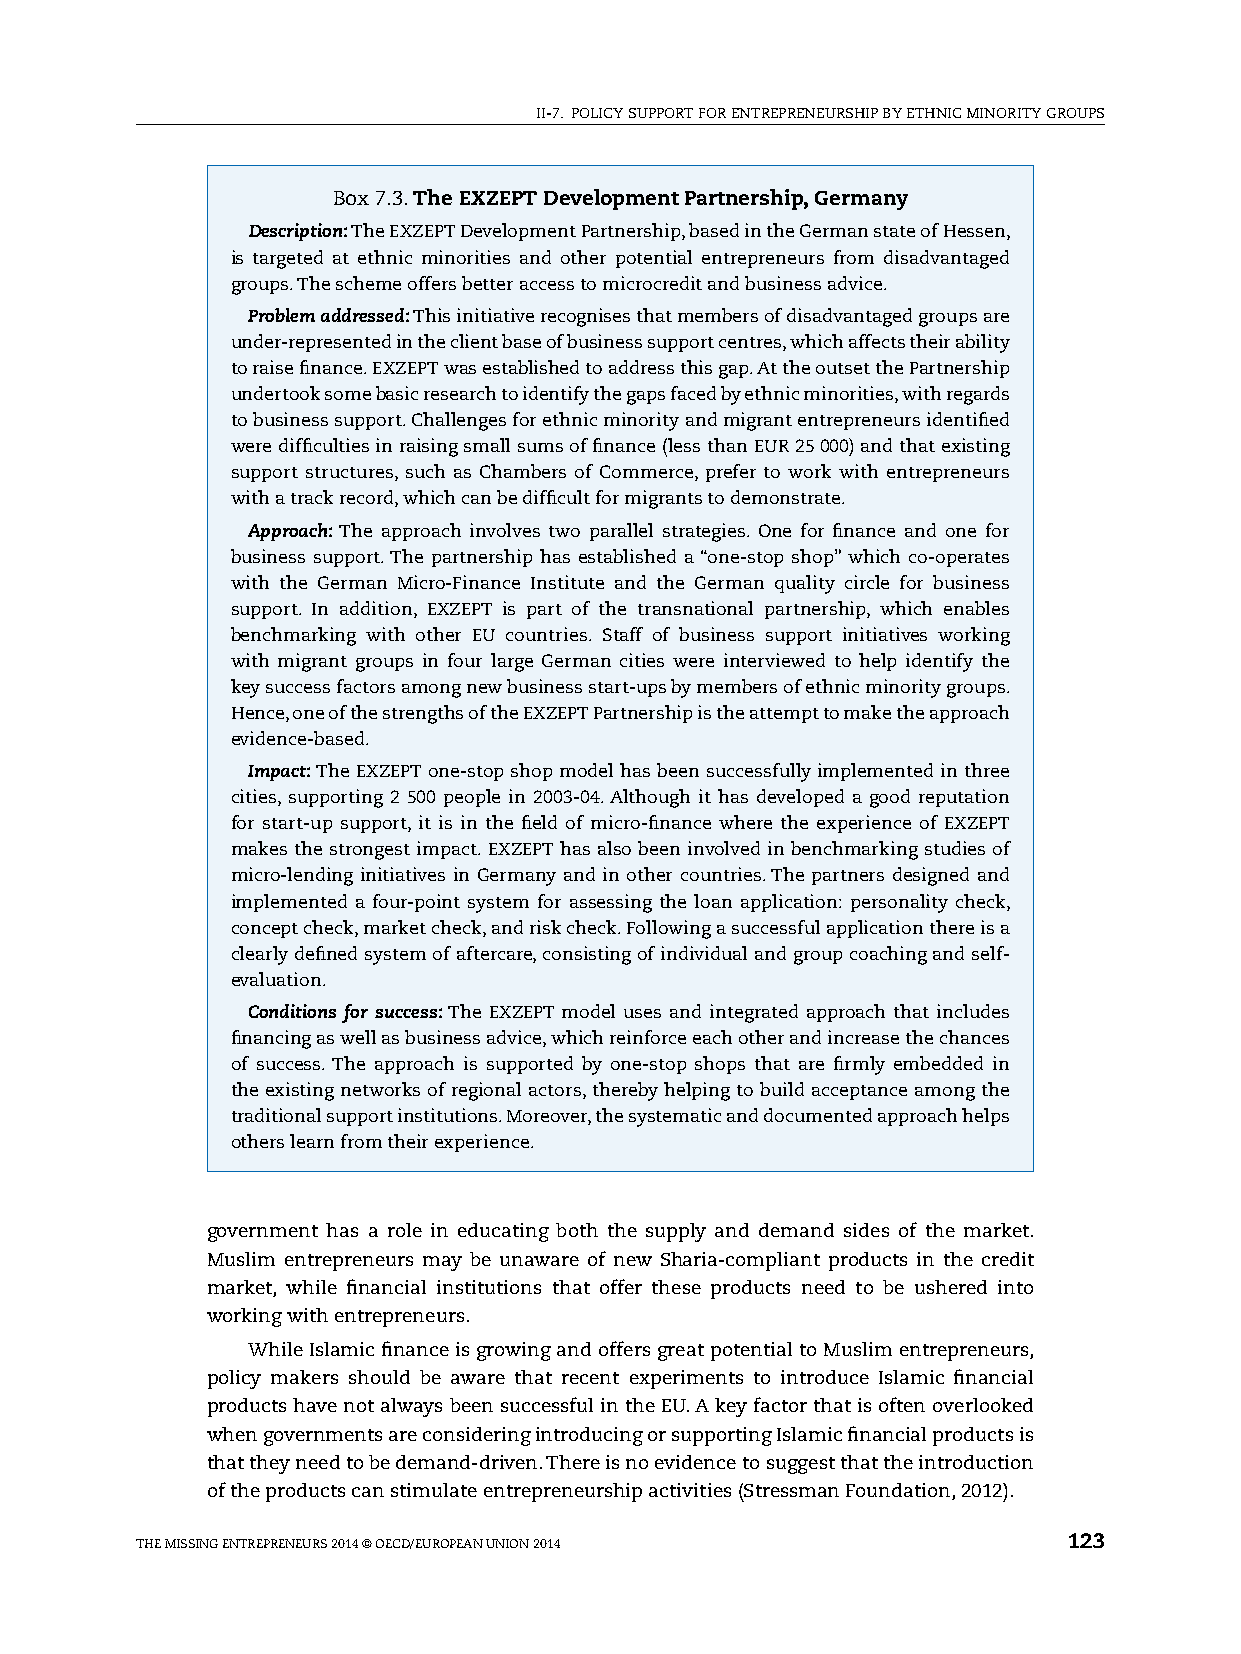
II-7. pOlICy sUppORT FOR ENTREpRENEURshIp By EThNIC MINORITy GROUps
 Box 7.3. The EXZEPT Development Partnership, Germany
 Description: The ExZEpT Development partnership, based in the German state of hessen,
 is targeted at ethnic minorities and other potential entrepreneurs from disadvantaged
 groups. The scheme offers better access to microcredit and business advice.
 Problem addressed: This initiative recognises that members of disadvantaged groups are
 under-represented in the client base of business support centres, which affects their ability
 to raise finance. ExZEpT was established to address this gap. At the outset the partnership
 undertook some basic research to identify the gaps faced by ethnic minorities, with regards
 to business support. Challenges for ethnic minority and migrant entrepreneurs identified
 were difficulties in raising small sums of finance (less than EUR 25 000) and that existing
 support structures, such as Chambers of Commerce, prefer to work with entrepreneurs
 with a track record, which can be difficult for migrants to demonstrate.
 Approach: The approach involves two parallel strategies. One for finance and one for
 business support. The partnership has established a “one-stop shop” which co-operates
 with the German Micro-Finance Institute and the German quality circle for business
 support. In addition, ExZEpT is part of the transnational partnership, which enables
 benchmarking with other EU countries. staff of business support initiatives working
 with migrant groups in four large German cities were interviewed to help identify the
 key success factors among new business start-ups by members of ethnic minority groups.
 hence, one of the strengths of the ExZEpT partnership is the attempt to make the approach
 evidence-based.
 Impact: The ExZEpT one-stop shop model has been successfully implemented in three
 cities, supporting 2 500 people in 2003-04. Although it has developed a good reputation
 for start-up support, it is in the field of micro-finance where the experience of ExZEpT
 makes the strongest impact. ExZEpT has also been involved in benchmarking studies of
 micro-lending initiatives in Germany and in other countries. The partners designed and
 implemented a four-point system for assessing the loan application: personality check,
 concept check, market check, and risk check. Following a successful application there is a
 clearly defined system of aftercare, consisting of individual and group coaching and self-
 evaluation.
 Conditions for success: The ExZEpT model uses and integrated approach that includes
 financing as well as business advice, which reinforce each other and increase the chances
 of success. The approach is supported by one-stop shops that are firmly embedded in
 the existing networks of regional actors, thereby helping to build acceptance among the
 traditional support institutions. Moreover, the systematic and documented approach helps
 others learn from their experience.
 government has a role in educating both the supply and demand sides of the market.
 Muslim entrepreneurs may be unaware of new sharia-compliant products in the credit
 market, while financial institutions that offer these products need to be ushered into
 working with entrepreneurs.
 While Islamic finance is growing and offers great potential to Muslim entrepreneurs,
 policy makers should be aware that recent experiments to introduce Islamic financial
 products have not always been successful in the EU. A key factor that is often overlooked
 when governments are considering introducing or supporting Islamic financial products is
 that they need to be demand-driven. There is no evidence to suggest that the introduction
 of the products can stimulate entrepreneurship activities (stressman Foundation, 2012).
 ThE MIssING ENTREpRENEURs 2014 © OECD/EUROpEAN UNION 2014     123